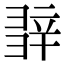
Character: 𨐕